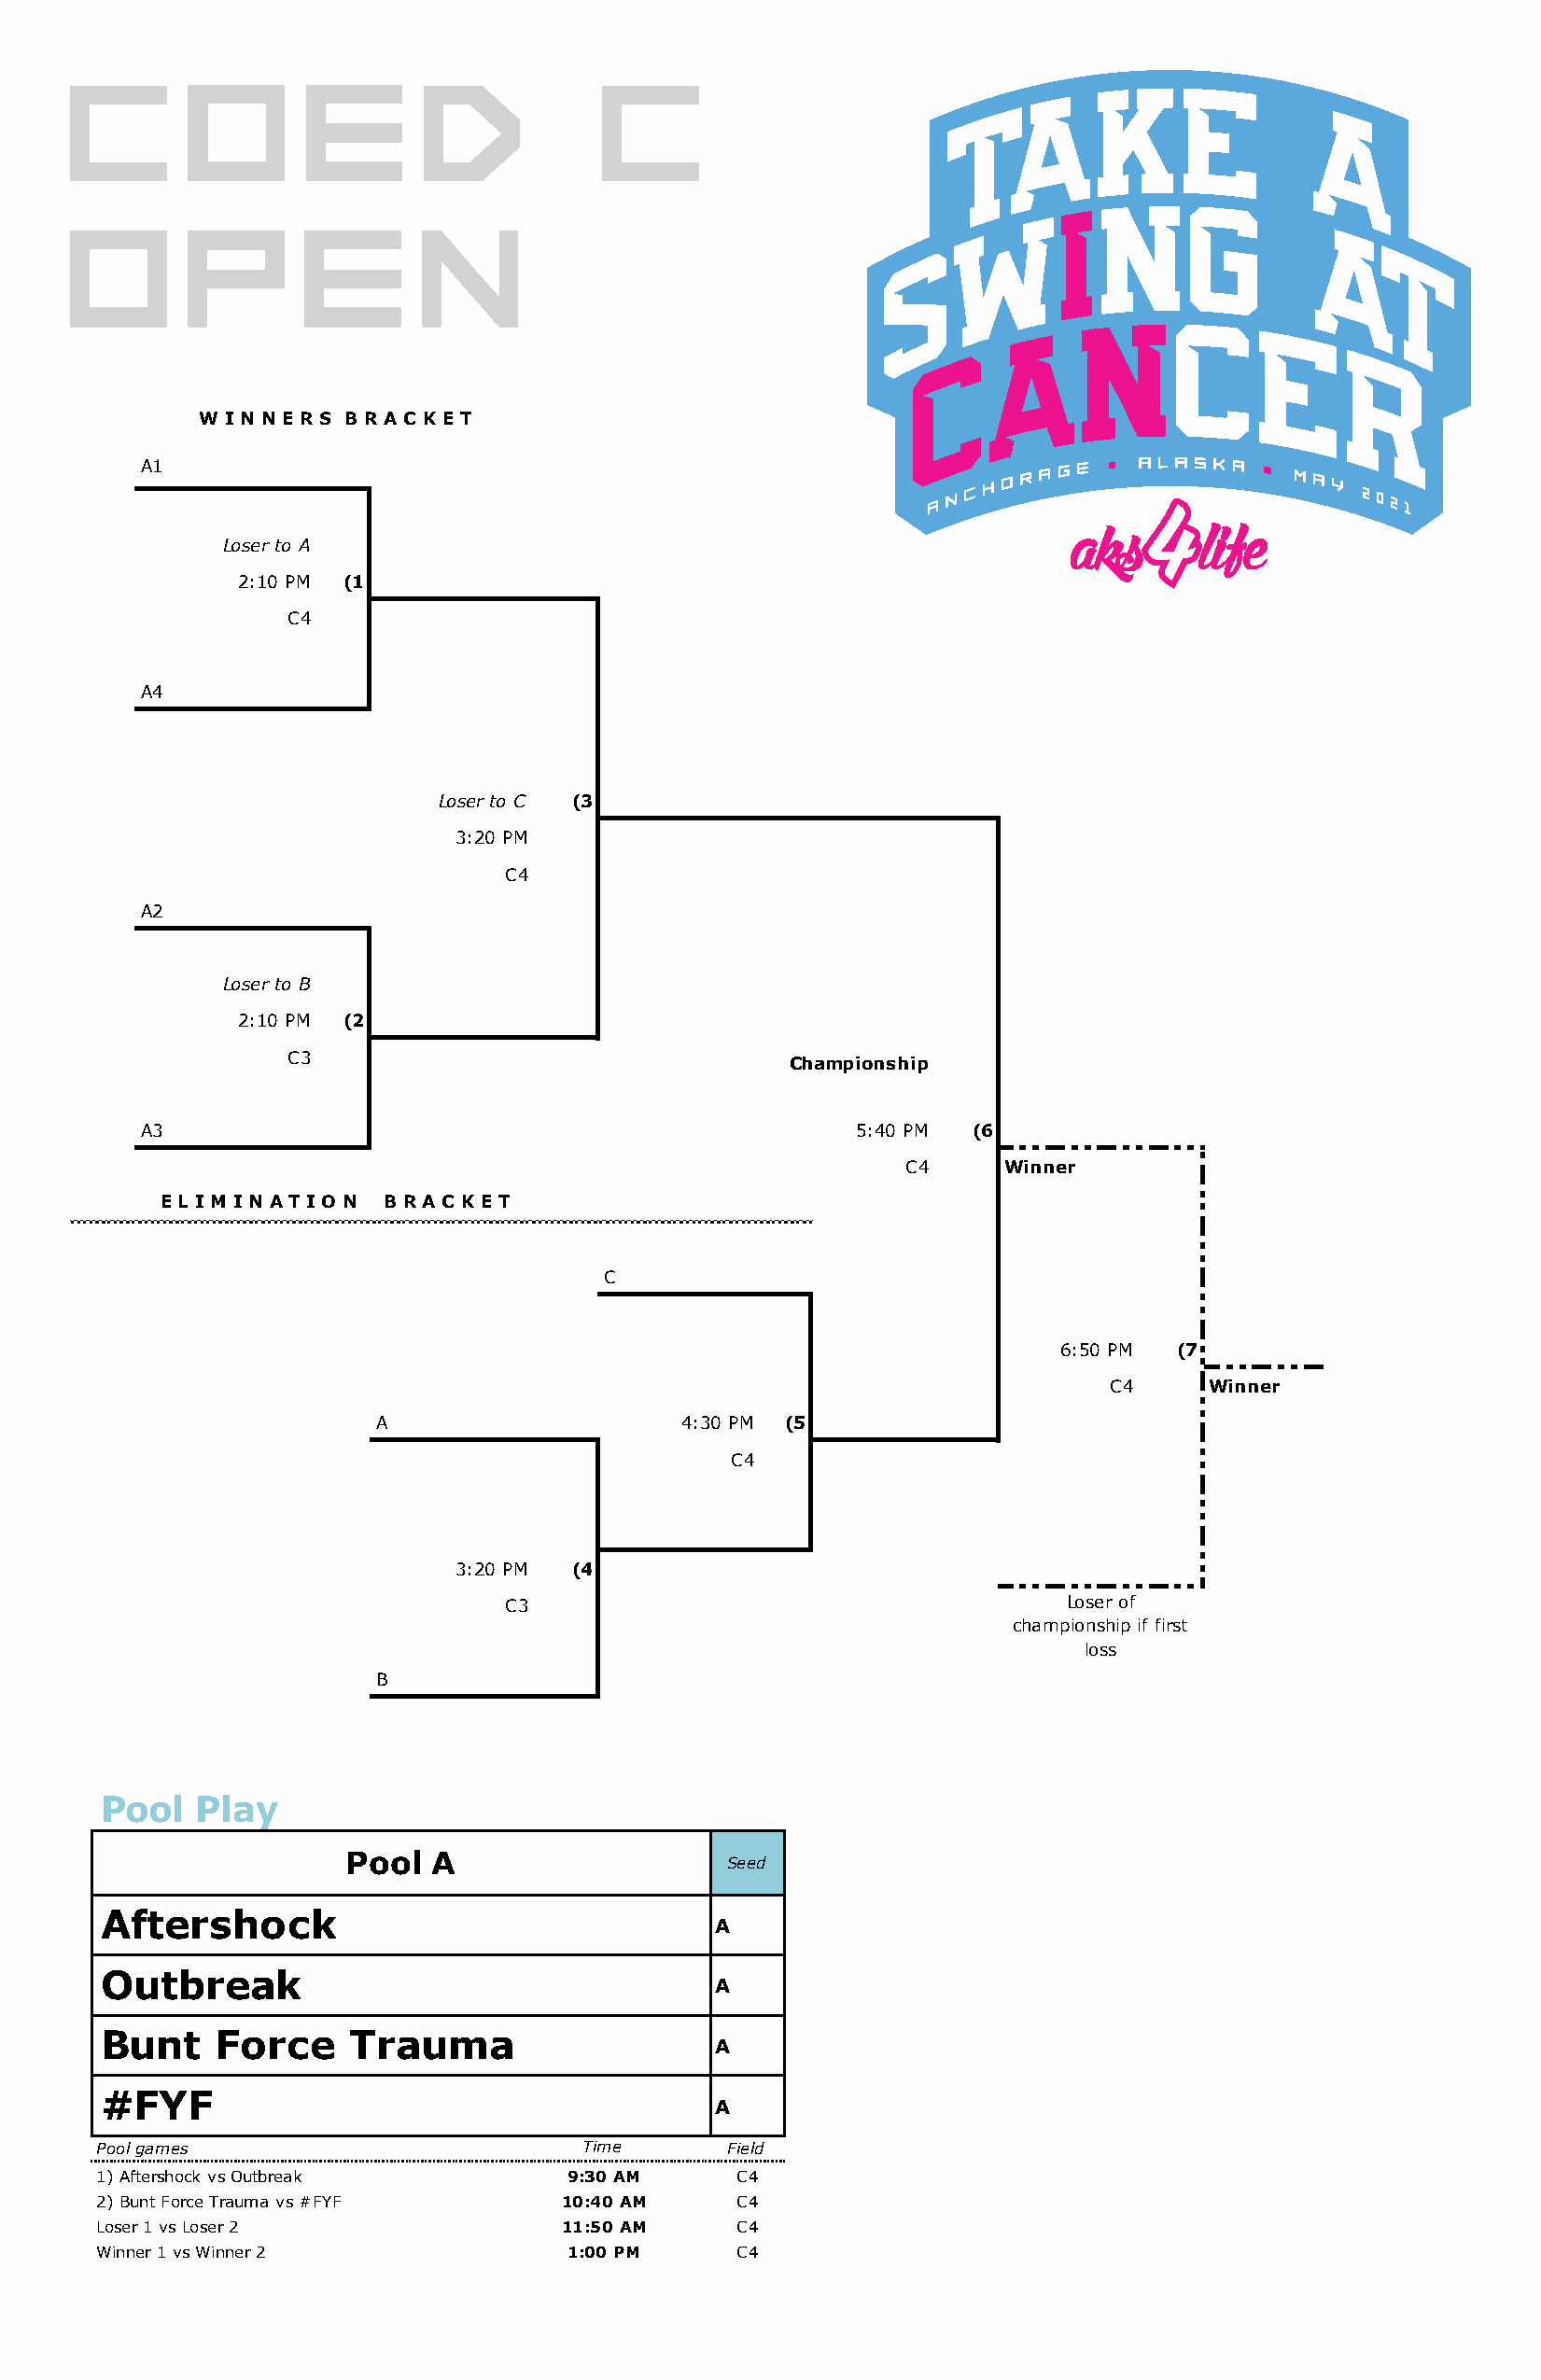
COED                                  C
 OPEN
 W I N N E R S B R A C K E T
 A1
 Loser to A
 2:10 PM (1
 C4
 A4
 Loser to C (3
 3:20 PM
 C4
 A2
 Loser to B
 2:10 PM (2
 C3
 Championship
 A3                                                 5:40 PM (6
 C4     Winner
 E L I M I N A T I O N B R A C K E T
 C
 6:50 PM (7
 C4     Winner
 A                    4:30 PM (5
 C4
 3:20 PM  (4
 C3                                      Loser of
 championship if first
 loss
 B
 Pool   Play
 Pool   A                    Seed
 Aftershock
 A
 Outbreak
 A
 Bunt    Force     Trauma
 A
 #FYF
 A
 Pool games                        Time       Field
 1) Aftershock vs Outbreak        9:30 AM     C4
 2) Bunt Force Trauma vs #FYF     10:40 AM    C4
 Loser 1 vs Loser 2               11:50 AM    C4
 Winner 1 vs Winner 2             1:00 PM     C4